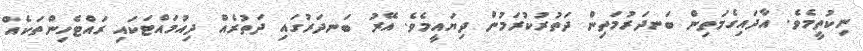
ނިކުތީމެވެ. އާދައިގެމަތިން ބަނދަރުމަތިން ދަތުރުކުރަމުން ދިޔައީމެވެ. އޭރު ބަނދަރުގައި ދަތުރެއް ދިއުމައްޓަކައި ރައްޓެހިންތަކެއް